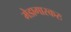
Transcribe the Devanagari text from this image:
मेडागास्करः